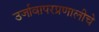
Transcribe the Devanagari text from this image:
उर्जावापरप्रणालीचे